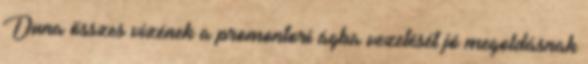
Duna összes vizének a promontori ágba vezetését jó megoldásnak